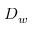
D _ { w }